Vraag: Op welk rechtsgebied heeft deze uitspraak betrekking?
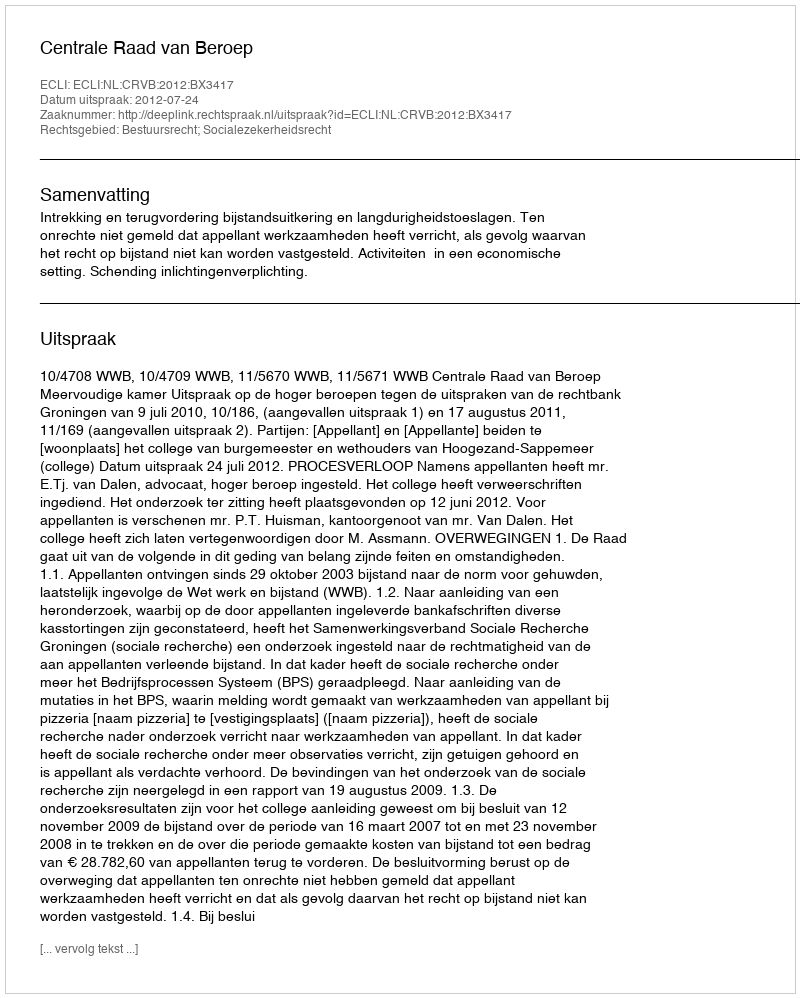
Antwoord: Bestuursrecht; Socialezekerheidsrecht